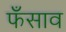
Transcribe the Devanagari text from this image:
फँसाव